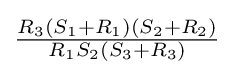
{\tfrac {R_{3}(S_{1}+R_{1})(S_{2}+R_{2})}{R_{1}S_{2}(S_{3}+R_{3})}}